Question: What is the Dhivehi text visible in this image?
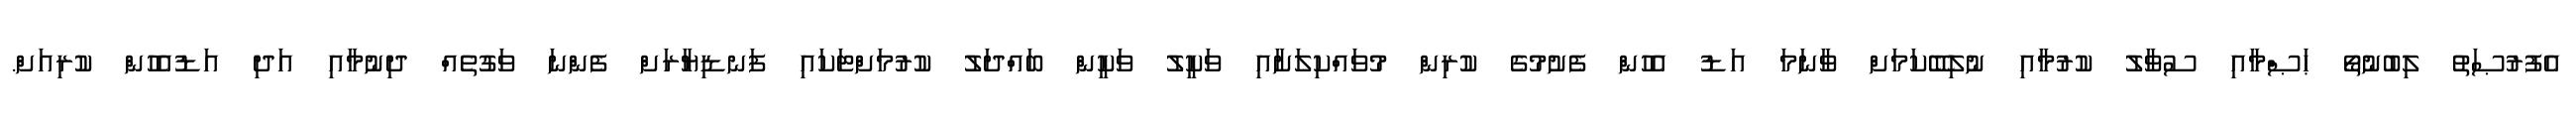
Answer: އެފުރުޞަތު ލިބުނުތޯ ޙަޞްމާއި ސުވާލު ކުރުމާއި ނުލިބޭކަމަށް ވާނަމަ އަޑު އެހުން ފެށުމުގެ ކުރިން މުވައްކިލަށާއި ވަކީލު ވަކީން ބައްދަލު ކުރުމަށްޓަކައި ފަނޑިޔާރަށް ފެންނަ ވަގުތެއް ދިނުމާއި އަދި އަޑުއެހުން ކުރިއަށް.